system: You are a helpful assistant.
user:
Analyze the provided spectrum to determine if it is a **M-type Giant (gM)**.

A M-type Giant spectrum is defined by its **strong molecular absorption** features, particularly from **Titanium Oxide (TiO)**. You must check for one of the following mutually exclusive signatures:

- **Key Visual Indicators (Absorption-Dominated Spectrum):**

    - **(Primary):** The spectrum is dominated by strong molecular absorption from **Titanium Oxide (TiO)**. This is the **defining feature** of its M-type temperature class.
        - **(Key Bandheads):** Look for sharp, "saw-tooth" absorption valleys. The strongest are located near **~7050 Å**, **~6160 Å**, and **~5170 Å**.
        - **(Line Profile):** The "saw-tooth" morphology is critical: a **sharp, steep drop on the BLUE (short-wavelength) side** of the bandhead, followed by a gradual recovery (rising flux) towards the RED (long-wavelength) side.

    - **(Key Confirmation - Giant vs. Dwarf):** **ABSENCE** of strong **Calcium Hydride (CaH)** molecular bands. This is the primary diagnostic for *excluding* M-dwarfs.
        - **(Key Region):** The spectrum should lack the strong, broad absorption band seen in dwarfs between **~6800 Å and ~7000 Å**.

    - **(Secondary Confirmation - Giant):** A very strong and broad **Neutral Calcium (Ca I)** atomic absorption line.
        - **(Key Line):** Located at **~4226 Å**. In a giant (gM), this line is significantly deeper and broader than the same line in an M-dwarf (dM) due to low surface gravity.

    - **(Overall Spectrum):**
        - The continuum is **extremely red-sloping** (i.e., flux is very low in the blue and rises dramatically towards the red).
        - The entire spectrum appears "chopped up" by the deep TiO bands.

Think first, call **spectral_visualization_tool** if needed to examine features in detail, then provide your final answer. Your response must adhere to the following strict rules:
1.  **Overall Structure:** Your response must follow the format `<think>...</think> <tool_call>...</tool_call> (if a tool is used) <answer>...</answer>`.
2.  **Tool Usage Constraint:** You may only make **one** tool call per turn.
3.  **Final Answer Format:** In the `<answer>` tag, your conclusion must be inside a `\boxed{}` command (e.g., `\boxed{YES}` or `\boxed{NO}`), followed by your justification.

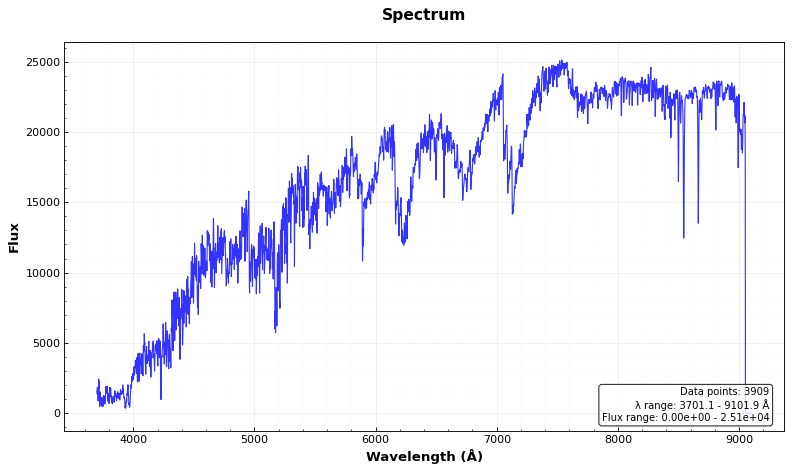
Answer: YES